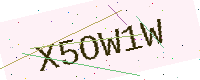
Text: X5OW1W